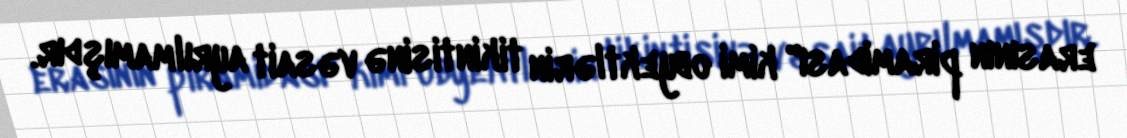
erasının piramidası" kimi obyektlərin tikintisinə vəsait ayrılmamışdır.